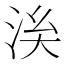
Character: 𣴌